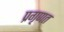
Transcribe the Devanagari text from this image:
प्रगृणत